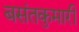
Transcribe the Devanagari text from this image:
बसंतकुमारी